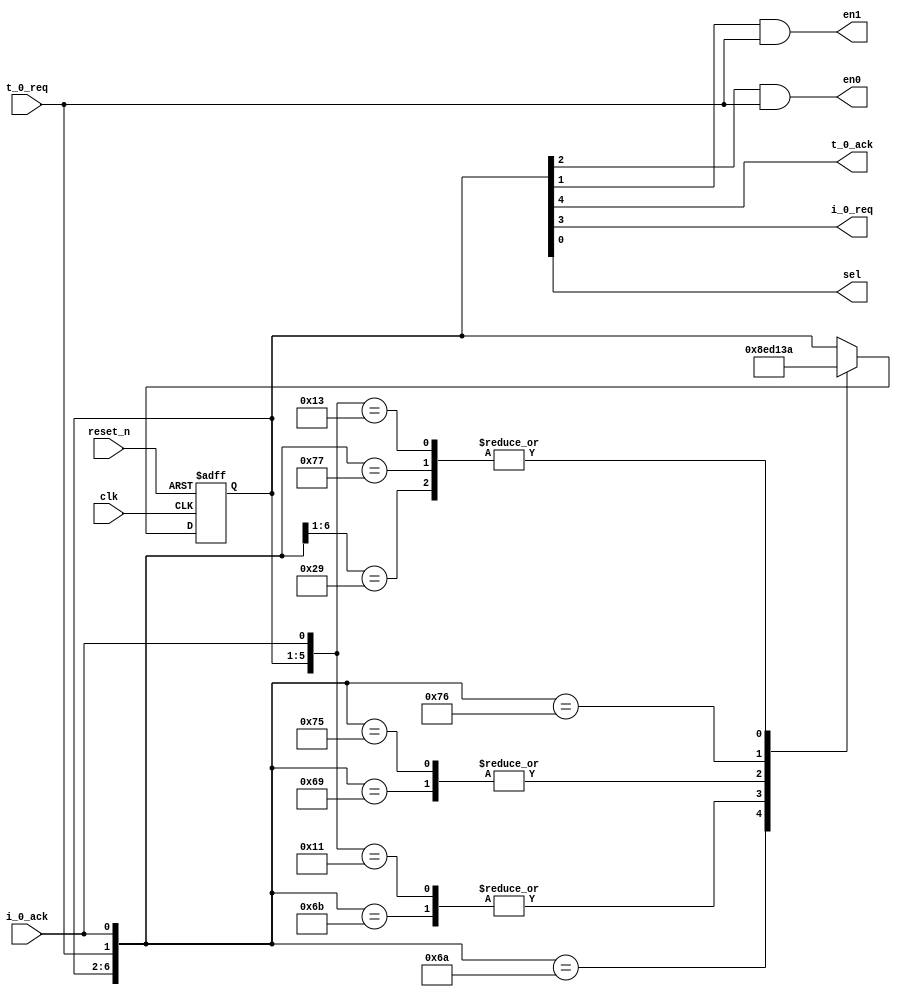
module eb15_ctrl #(
    parameter S0 = 5'b1_0_10_0,
    parameter S1 = 5'b1_1_01_0,
    parameter S2 = 5'b0_1_00_0,
    parameter S3 = 5'b1_1_10_1,
    parameter S4 = 5'b0_1_00_1
) (
    input  t_0_req,
    output t_0_ack,
    output i_0_req,
    input  i_0_ack,
    output en0, en1, sel,
    input  clk, reset_n
);

// State machine
reg [4:0] state, state_nxt;

always @(posedge clk or negedge reset_n)
    if (~reset_n) state <= S0;
    else          state <= state_nxt;

//  state   d0  d1  t.ack   i.req   en0     en1     sel
//  0       x   x   1       0       t.req   0       0       1_0_10_0
//  1       0   x   1       1       0       t.req   0       1_1_01_0
//  2       0   1   0       1       0       0       0       0_1_00_0
//  3       x   0   1       1       t.req   0       1       1_1_10_1
//  4       1   0   0       1       0       0       1       0_1_00_1

always @*
    casez({state, t_0_req, i_0_ack})
        {S0, 2'b1?} : state_nxt = S1;

        {S1, 2'b01} : state_nxt = S0;
        {S1, 2'b10} : state_nxt = S2;
        {S1, 2'b11} : state_nxt = S3;

        {S2, 2'b?1} : state_nxt = S3;

        {S3, 2'b01} : state_nxt = S0;
        {S3, 2'b10} : state_nxt = S4;
        {S3, 2'b11} : state_nxt = S1;

        {S4, 2'b?1} : state_nxt = S1;
        default       state_nxt = state;
    endcase

assign t_0_ack = state[4];
assign i_0_req = state[3];
assign en0     = state[2] & t_0_req;
assign en1     = state[1] & t_0_req;
assign sel     = state[0];

endmodule